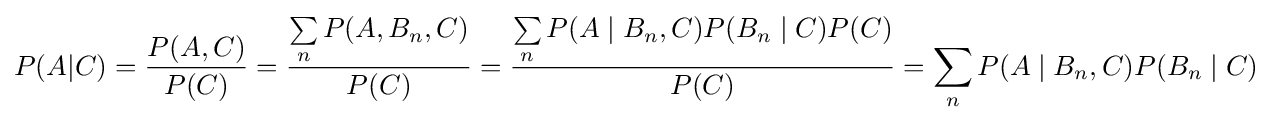
P({A|C})={\frac {P({A,C})}{P(C)}}={\frac {\sum \limits _{n}{P({A,{B_{n}},C})}}{P(C)}}={\frac {\sum \limits _{n}P({A\mid {B_{n}},C})P({{B_{n}}\mid C})P(C)}{P(C)}}=\sum \limits _{n}P({A\mid {B_{n}},C})P({{B_{n}}\mid C})